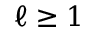
\ell \geq 1